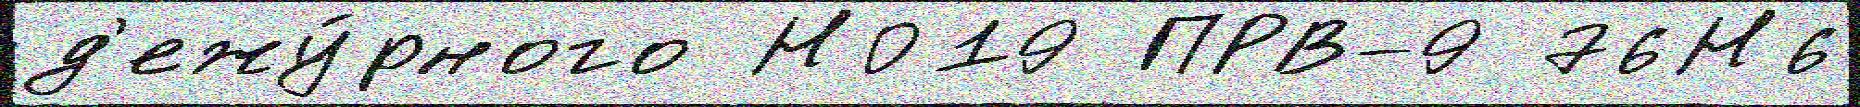
д'ежу́рного Н019 ПРВ-9 76Н6